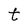
Character: t